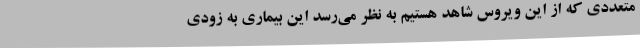
متعددی که از این ویروس شاهد هستیم به نظر می‌رسد این بیماری به زودی